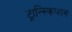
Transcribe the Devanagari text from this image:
ट्रान्स्क्रिप्शन